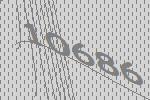
10686